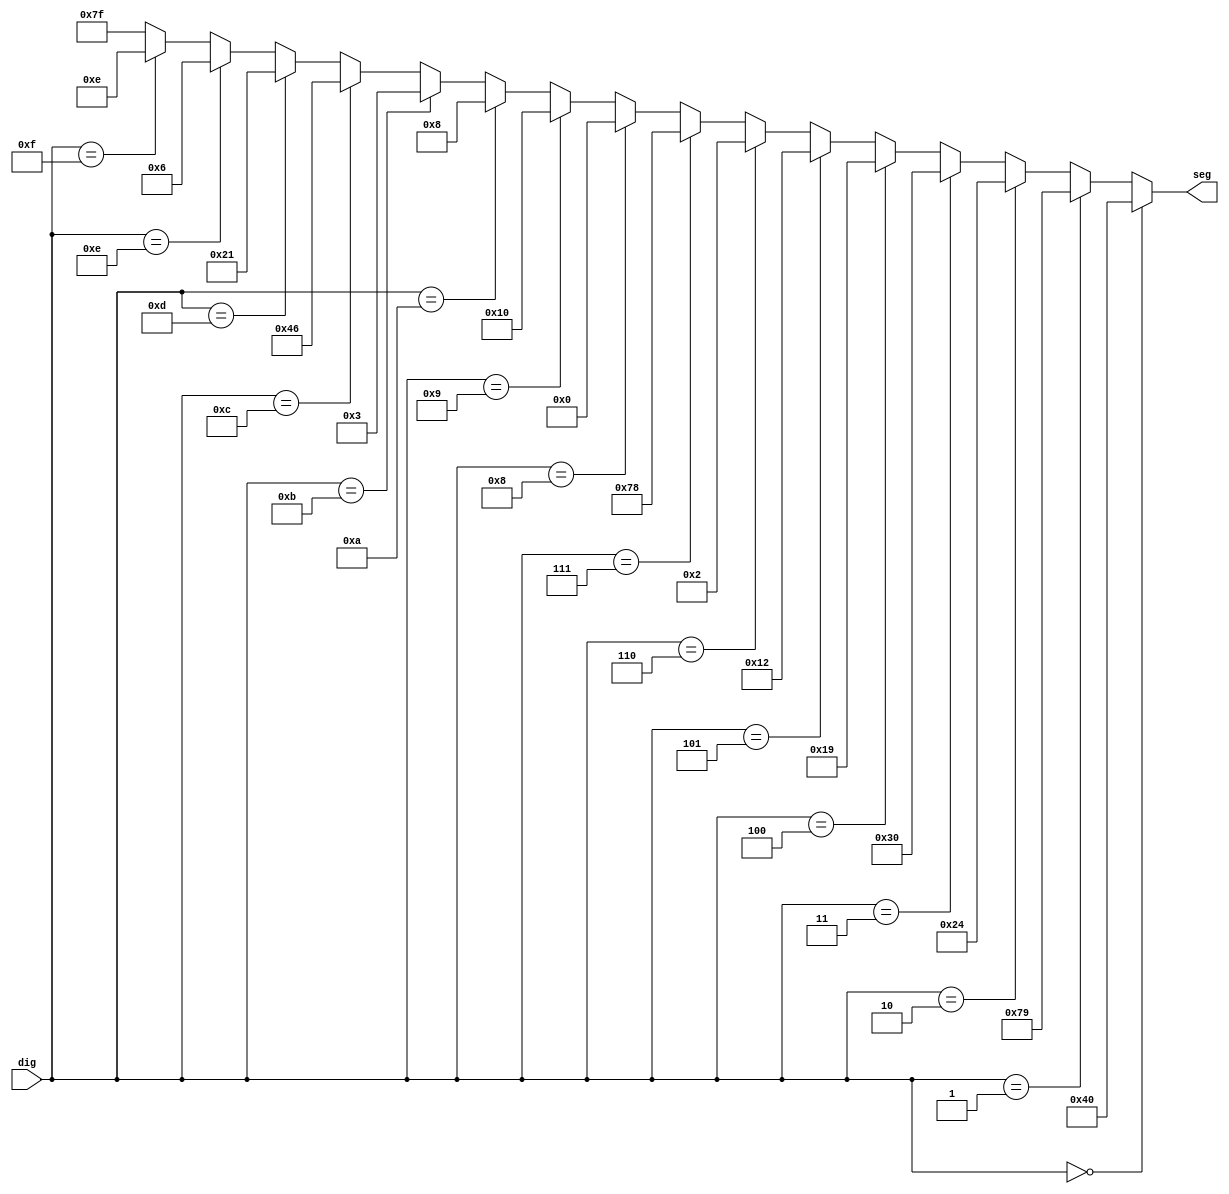
module D7seg(input [3:0] dig, output wire [6:0] seg);
                              //gfedcba
	assign seg = (dig==0)? 7'b1000000 : //0     a
						(dig==1)? 7'b1111001 : //1 f| |b
						(dig==2)? 7'b0100100 : //2   g
						(dig==3)? 7'b0110000 : //3 e| |c
						(dig==4)? 7'b0011001 : //4   d   
						(dig==5)? 7'b0010010 : //5
						(dig==6)? 7'b0000010 : //6
						(dig==7)? 7'b1111000 : //7
						(dig==8)? 7'b0000000 : //8
						(dig==9)? 7'b0010000 : //9
						(dig==10)? 7'b0001000: //A
						(dig==11) ? 7'b0000011: //b
						(dig == 12) ? 7'b1000110://c
						(dig == 13)?  7'b0100001://d
						(dig == 14)? 7'b0000110: //e
						(dig == 15)? 7'b0001110: //f
											7'b1111111 ; // 
endmodule